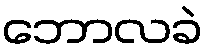
ဘောလခဲ